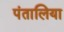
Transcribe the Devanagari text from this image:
पंतालिया